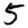
Digit: 5